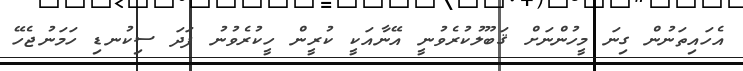
އެހައިތަނުން ގިނަ މީހުންނަށް ޤަބޫލުކުރެވުނީ އޭނާއަކީ ކުރީން ހީކުރެވުނު ފަދަ ސިކުނޑި ހަމަނުޖެހޭ